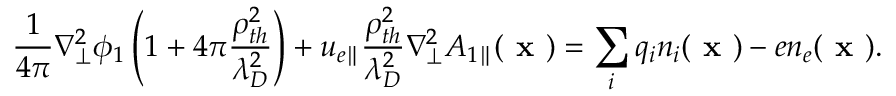
\frac { 1 } { 4 \pi } \nabla _ { \perp } ^ { 2 } \phi _ { 1 } \left( 1 + 4 \pi \frac { \rho _ { t h } ^ { 2 } } { \lambda _ { D } ^ { 2 } } \right) + u _ { e \parallel } \frac { \rho _ { t h } ^ { 2 } } { \lambda _ { D } ^ { 2 } } \nabla _ { \perp } ^ { 2 } A _ { 1 \parallel } ( \textbf { x } ) = \sum _ { i } q _ { i } n _ { i } ( \textbf { x } ) - e n _ { e } ( \textbf { x } ) .